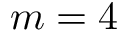
m = 4